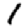
Digit: 1